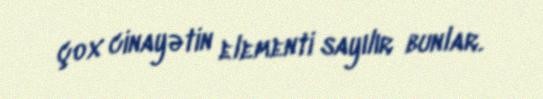
çox cinayətin elementi sayılır bunlar.